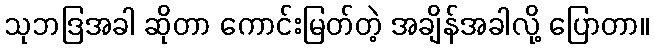
သုဘဒြအခါ ဆိုတာ ကောင်းမြတ်တဲ့ အချိန်အခါလို့ ပြောတာ။